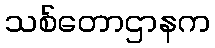
သစ်တောဌာနက